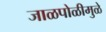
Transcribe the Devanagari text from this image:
जाळपोळीमुळे